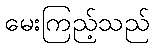
မေးကြည့်သည်